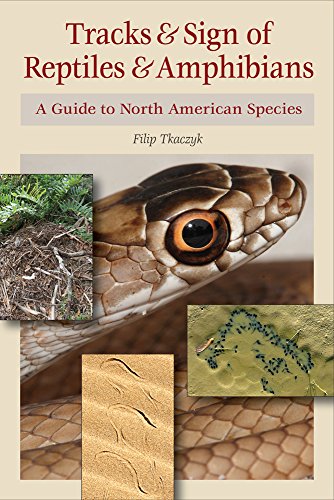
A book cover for Tracks & Sign of Reptiles and Amphibians: A Guide to North American Species; Filip A. Tkaczyk; Science & Math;